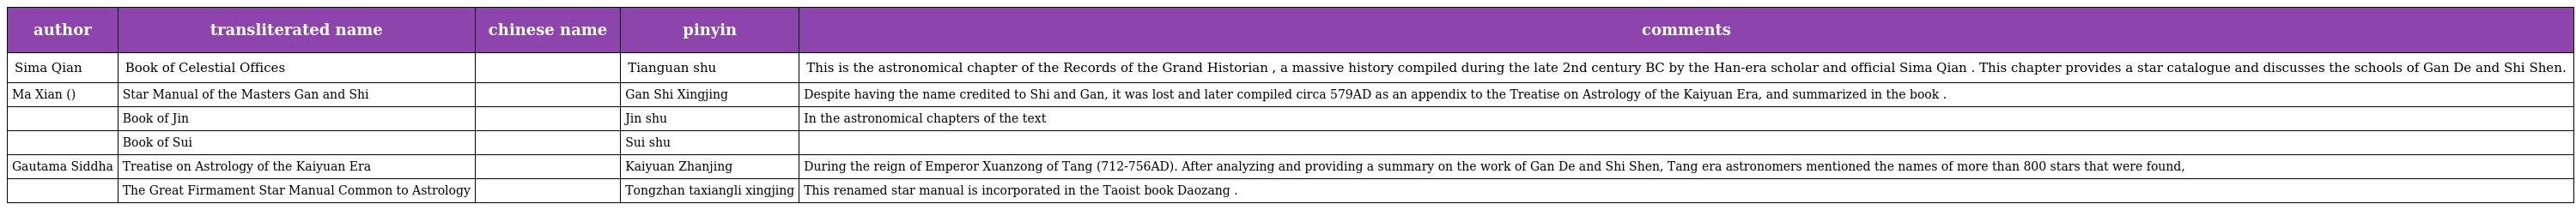
| author | transliterated name | chinese name | pinyin | comments |
 | --- | --- | --- | --- | --- |
 | Sima Qian | Book of Celestial Offices | 天官書 | Tianguan shu | This is the astronomical chapter of the Records of the Grand Historian , a massive history compiled during the late 2nd century BC by the Han-era scholar and official Sima Qian . This chapter provides a star catalogue and discusses the schools of Gan De and Shi Shen. |
 | Ma Xian (馬顯) | Star Manual of the Masters Gan and Shi | 甘石星經 | Gan Shi Xingjing | Despite having the name credited to Shi and Gan, it was lost and later compiled circa 579AD as an appendix to the Treatise on Astrology of the Kaiyuan Era, and summarized in the book 郡齋讀書志. |
 |  | Book of Jin | 晉書 | Jin shu | In the astronomical chapters of the text |
 |  | Book of Sui | 隋書 | Sui shu |  |
 | Gautama Siddha | Treatise on Astrology of the Kaiyuan Era | 開元占經 | Kaiyuan Zhanjing | During the reign of Emperor Xuanzong of Tang (712-756AD). After analyzing and providing a summary on the work of Gan De and Shi Shen, Tang era astronomers mentioned the names of more than 800 stars that were found, |
 |  | The Great Firmament Star Manual Common to Astrology | 通占大象曆星經 | Tongzhan taxiangli xingjing | This renamed star manual is incorporated in the Taoist book Daozang . |